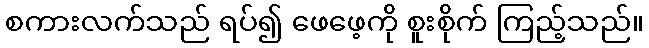
စကားလက်သည် ရပ်၍ ဖေဖေ့ကို စူးစိုက် ကြည့်သည်။